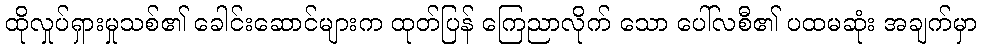
ထိုလှုပ်ရှားမှုသစ်၏ ခေါင်းဆောင်များက ထုတ်ပြန် ကြေညာလိုက် သော ပေါ်လစီ၏ ပထမဆုံး အချက်မှာ